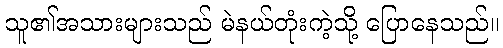
သူ၏အသားများသည် မဲနယ်တုံးကဲ့သို့ ပြောနေသည်။